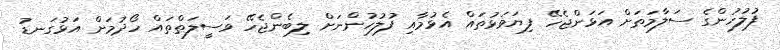
ފުލުހުންގެ ސަލާމަތަށް އަޅަންޖެހޭ ފިޔަވަޅުތައް އެޅުމާއި ފުލުހުންނަށް ލިބެންޖެހޭ ވަސީލަތްތައް ހޯދުމަށް އަޅުގަނޑު